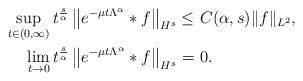
LaTeX: \begin{align*}\sup_{t\in(0,\infty)}t^{\frac{s}{\alpha}} \left\|e^{-\mu t\Lambda^{\alpha}}* f \right\|_{H^s}\leq&\ C(\alpha, s) \|f\|_{L^2},\\\lim_{t\to 0}t^{\frac{s}{\alpha}} \left\|e^{-\mu t\Lambda^{\alpha}}* f \right\|_{H^s}=&\ 0.\end{align*}